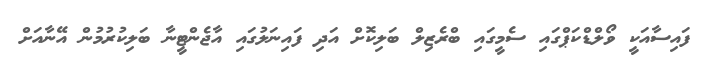
ފައިސާއަކީ ވޯލްޑްކަޕްގައި ސެމީގައި ބްރެޒިލް ބަލިކޮށް އަދި ފައިނަލުގައި އާޖެންޓީނާ ބަލިކުރުމުން އޭނާއަށް